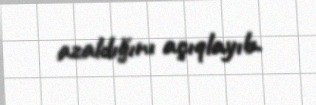
azaldığını açıqlayıb.